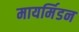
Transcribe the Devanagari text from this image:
मायर्मिडन